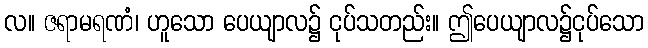
လ။ ဇရာမရဏံ၊ ဟူသော ပေယျာလ၌ ငုပ်သတည်း။ ဤပေယျာလ၌ငုပ်သော